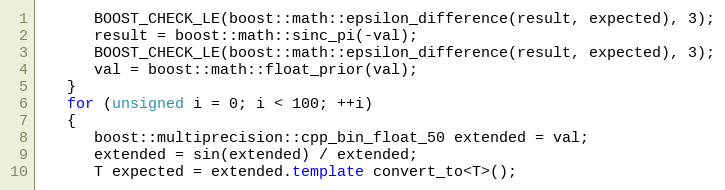
Language: C++
      BOOST_CHECK_LE(boost::math::epsilon_difference(result, expected), 3);
      result = boost::math::sinc_pi(-val);
      BOOST_CHECK_LE(boost::math::epsilon_difference(result, expected), 3);
      val = boost::math::float_prior(val);
   }
   for (unsigned i = 0; i < 100; ++i)
   {
      boost::multiprecision::cpp_bin_float_50 extended = val;
      extended = sin(extended) / extended;
      T expected = extended.template convert_to<T>();